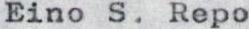
Eino S. Repo